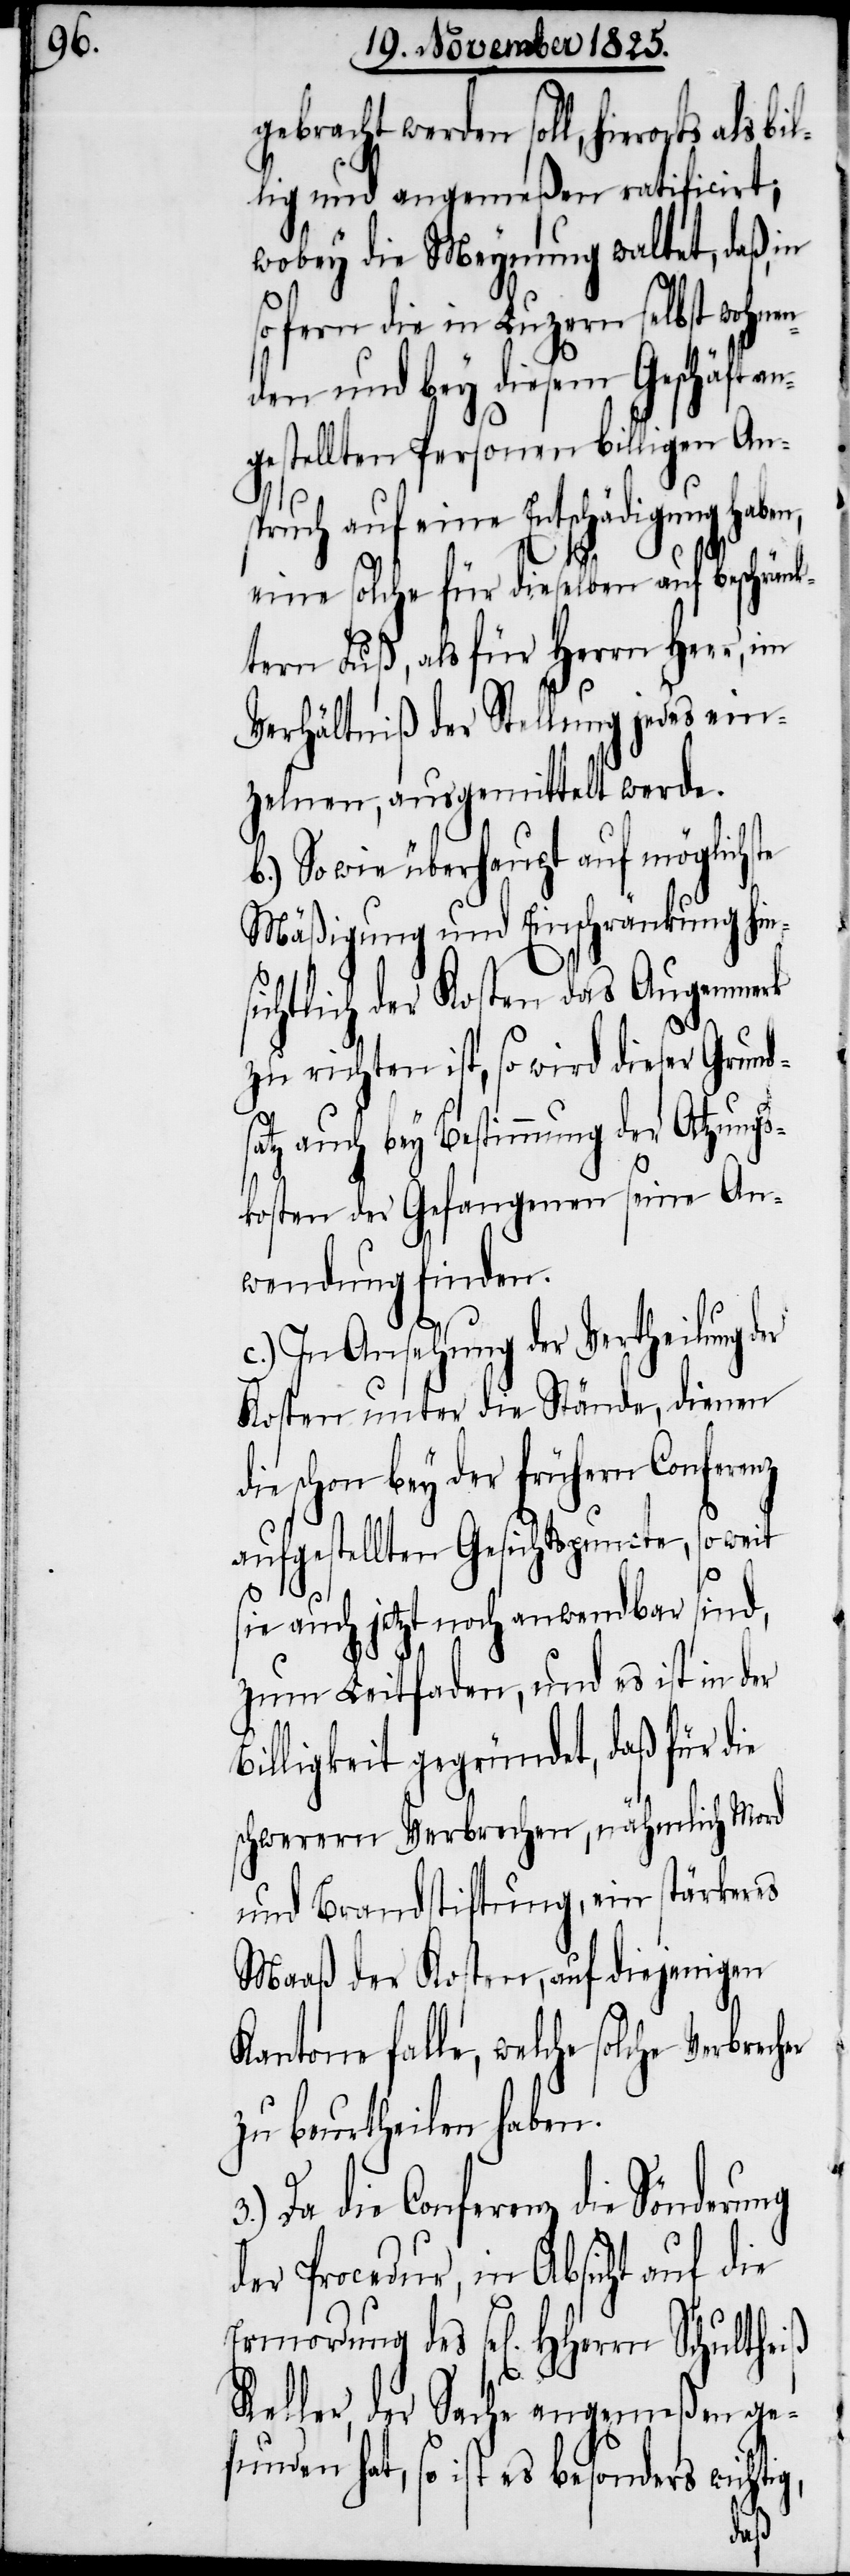
g,

gebracht werden soll, hierorts als
lig und angemeßen ratificirt;
wobey die Meynung waltet, daß, in
sofern die in Luzern selbst wohne¬
nden und bey diesem Geschäft an¬
gestellten Personen billigen An¬
spruch auf eine Entschädigung haben,
eine solche für dieselben auf beschränk¬
tern Fuß, als für Herrn Heer, im
Verhältniß der Stellung jedes ein¬
zelnen, ausgemittelt werde.
b.) So wie überhaupt auf möglichs¬
Mäßigung und Einschränkung hin¬
ichtlich der Kosten das Augenmerk
zu richten ist, so wird dieser Grunds¬
atz auch bey Bestimmung der Atzung¬
kosten der Gefangenen seine An¬
wendung finden.
c.) In Ansehung der Vertheilung d¬
Kosten unter die Stände, dienen
schon bey der frühern Conferenz
aufgestellten Gesichtspuncte, so weit
sie auch jetzt noch anwendbar sind,
zum Leitfaden, und es ist in der
Billigkeit gegründet, daß für die
schwerern Verbrechen, nähmlich Mord
und Brandstiftung, ein stärkeres
Maaß der Kosten, auf diejenigen
Kantone falle, welche solche
zu beurtheilen haben.
Da die Conferenz die Sönderung
der Procedur, in Absicht auf die
Keller, der Sache angemeßen ge¬
funden hat, so ist es besonders wichti¬
des